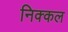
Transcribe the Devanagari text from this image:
निक्कल